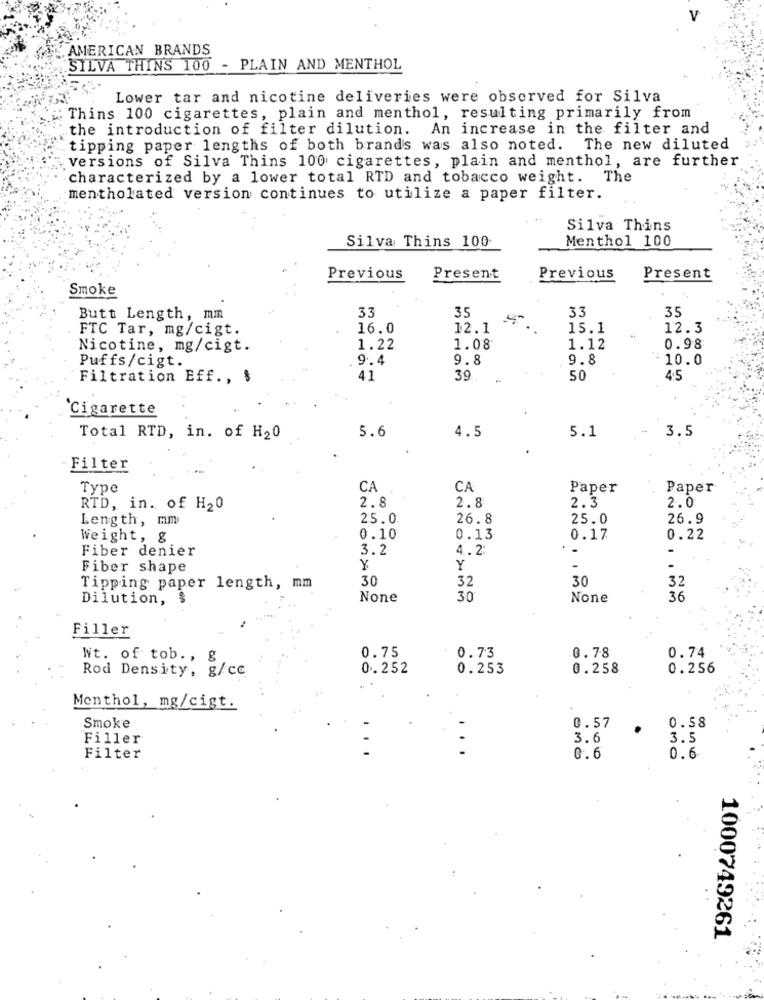
AMERICAN BRANDS
SILVA THINS 100 - PLAIN AND MENTHOL
Lower tar and nicotine deliveries were observed for Silva
Thins 100 cigarettes, plain and menthol, resulting primarily from
the introduction of filter dilution. An increase in the filter and
tipping paper lengths of both brands was also noted.
The new diluted
versions of Silva Thins 100 cigarettes, plain and menthol, are further
characterized by a lower total RTD and tobacco weight. The
mentholated version continues to utilize a paper filter.
Silva Thins
Silva Thins 100
Menthol 100
Previous
Present
Previous
Present
Smoke
33
Butt Length, mm
33
35
35
FTC Tar, mg/cigt.
16.0
12.1
15.1
12.3
Nicotine, mg/cigt.
1.22
1.08
1.12
0.98
Puffs/cigt.
9.4
9.8
9.8
10.0
Filtration Eff ., $
41
39.
50
4.5
Cigarette
5.6
4.5
5.1
3.5
Total RTD, in. of H20
Filter
Type
CA
CA
Paper
Paper
2.3
2.0
RTD, in. of H20
2.8
2.8
Length, mm
25.0
26.8
25.0
26.9
Weight, g
0.10
0.13
0.17
0.22
Fiber denier
3.2
4.2
.
Fiber shape
Y
Y
30
32
30
Tipping paper length, mm
32
Dilution,
30
36
Filler
0.78
0.74
Nt. of tob ., g
0.75
0.73
Rod Density, g/cc
0.252
0.253
0.258
0.256
Menthol, mg/cigt.
Smoke
0.57
0.58
Filler
3.6
3.5
Filter
0.6
0.6
1000749261